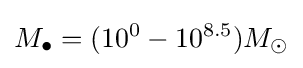
M_{\bullet }=(10^{0}-10^{8.5})M_{\odot }